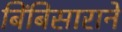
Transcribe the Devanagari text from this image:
बिंबिसाराने